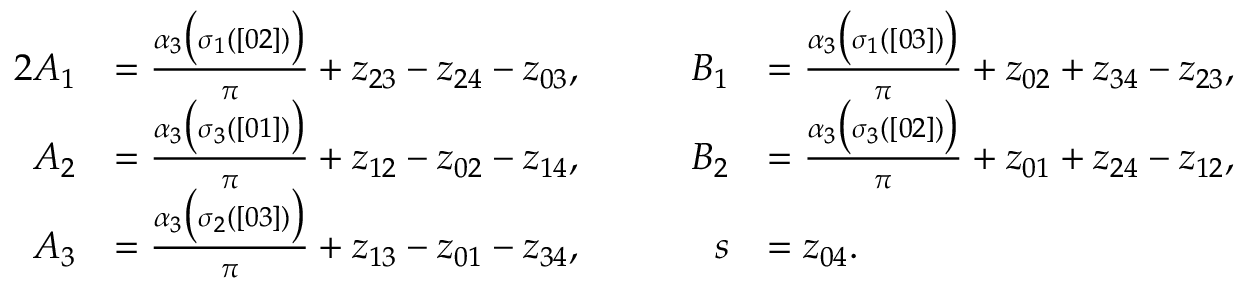
\begin{array} { r l r l } { { 2 } A _ { 1 } } & { = \frac { \alpha _ { 3 } \bigl ( \sigma _ { 1 } ( [ 0 2 ] ) \bigr ) } { \pi } + z _ { 2 3 } - z _ { 2 4 } - z _ { 0 3 } , } & { \qquad B _ { 1 } } & { = \frac { \alpha _ { 3 } \bigl ( \sigma _ { 1 } ( [ 0 3 ] ) \bigr ) } { \pi } + z _ { 0 2 } + z _ { 3 4 } - z _ { 2 3 } , } \\ { A _ { 2 } } & { = \frac { \alpha _ { 3 } \bigl ( \sigma _ { 3 } ( [ 0 1 ] ) \bigr ) } { \pi } + z _ { 1 2 } - z _ { 0 2 } - z _ { 1 4 } , } & { \qquad B _ { 2 } } & { = \frac { \alpha _ { 3 } \bigl ( \sigma _ { 3 } ( [ 0 2 ] ) \bigr ) } { \pi } + z _ { 0 1 } + z _ { 2 4 } - z _ { 1 2 } , } \\ { A _ { 3 } } & { = \frac { \alpha _ { 3 } \bigl ( \sigma _ { 2 } ( [ 0 3 ] ) \bigr ) } { \pi } + z _ { 1 3 } - z _ { 0 1 } - z _ { 3 4 } , } & { \qquad s } & { = z _ { 0 4 } . } \end{array}